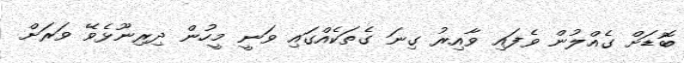
ބޮޑަށް ގެއްލުން ވެފައި ވާއިރު ގިނަ ގެތަކެއްގައި ވަނީ މީހުން ދިރިނޫޅެވޭ ވަރަށް